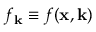
f _ { \mathbf { k } } \equiv f ( \mathbf { x } , \mathbf { k } )